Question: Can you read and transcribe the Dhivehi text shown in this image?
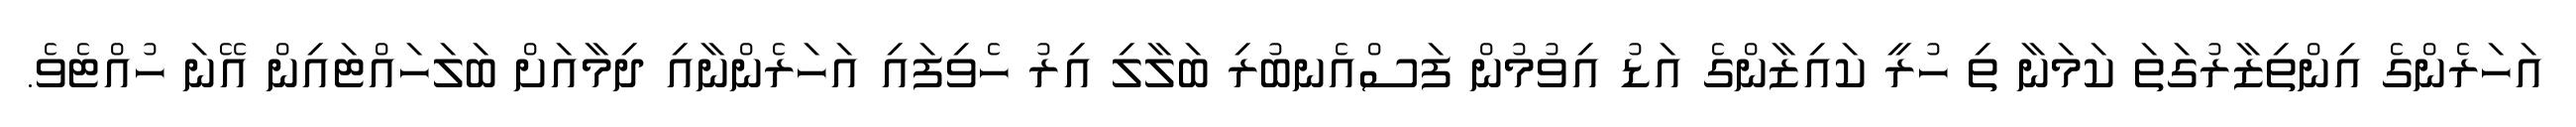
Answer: އަހަރެންގެ އިންތިޒާރުގަތަ ކަމަނާ ތި ހުރީ ކައިޒާންގެ އަޑު އިވުމުން ފަސްއެނބުރި ބަލާލި އިރު ހެވިފައި އަހަރެންނާއި ދިމާއަށް ބަލަހައްޓައިން އޭނަ ހުއްޓެވެ.